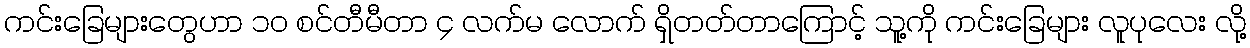
ကင်းခြေများတွေဟာ ၁၀ စင်တီမီတာ ၄ လက်မ လောက် ရှိတတ်တာကြောင့် သူ့ကို ကင်းခြေများ လူပုလေး လို့